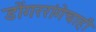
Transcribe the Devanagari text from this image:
डोंगररांगेचाही